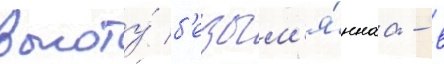
высоту́ б'езым'я́ннаа - в